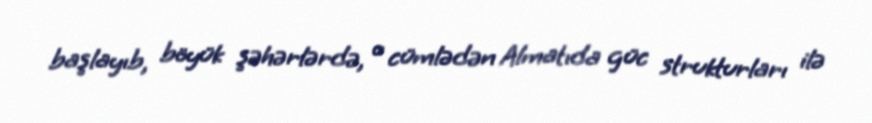
başlayıb, böyük şəhərlərdə, o cümlədən Almatıda güc strukturları ilə